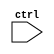
module tt_pg_vdd_1 (
`ifdef USE_POWER_PINS
	input  wire VGND,
	input  wire VPWR,
	output wire GPWR,
`endif
	input  wire ctrl
);

endmodule